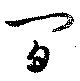
間